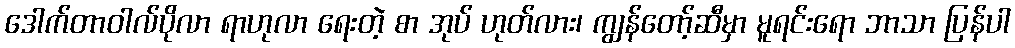
ဒေါက်တာဝါလ်ပိုလာ ရာဟုလာ ရေးတဲ့ စာ အုပ် ဟုတ်လား၊ ကျွန်တော့်ဆီမှာ မူရင်းရော ဘာသာ ပြန်ပါ